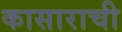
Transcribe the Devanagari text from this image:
कासाराची